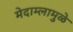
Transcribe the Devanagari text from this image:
मेदाम्लामुळे